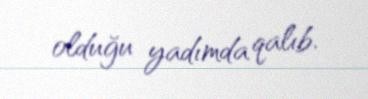
olduğu yadımda qalıb.